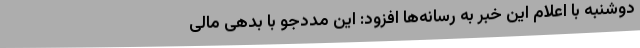
دوشنبه با اعلام این خبر به رسانه‌ها افزود: این مددجو با بدهی مالی